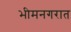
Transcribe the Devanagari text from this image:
भीमनगरात